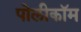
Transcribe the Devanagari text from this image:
पोलीकॉम